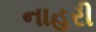
નાહરી